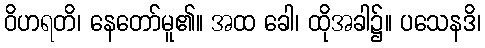
ဝိဟရတိ၊ နေတော်မူ၏။ အထ ခေါ၊ ထိုအခါ၌။ ပသေနဒိ၊